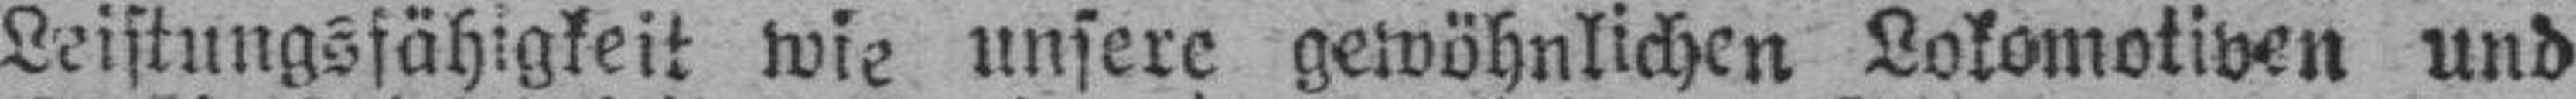
Leistungsfähigkeit wie unsere gewöhnlichen Lokomotiven und